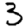
Digit: 3